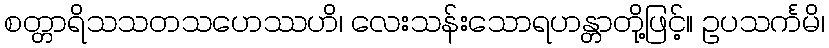
စတ္တာရိသသတသဟေဿဟိ၊ လေးသန်းသောရဟန္တာတို့ဖြင့်။ ဥပသင်္ကမိ၊